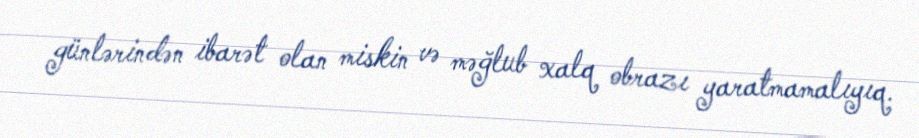
günlərindən ibarət olan miskin və məğlub xalq obrazı yaratmamalıyıq.